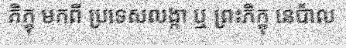
ភិក្ខុ មកពី ប្រទេសលង្កា ឬ ព្រះភិក្ខុ នេប៉ាល